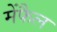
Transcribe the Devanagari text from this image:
मेंफैल